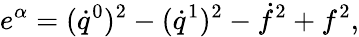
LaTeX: e^{\alpha}=(\dot{q}^{0})^{2}-(\dot{q}^{1})^{2}-\dot{f}^{2}+f^{2},